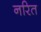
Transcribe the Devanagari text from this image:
नरित